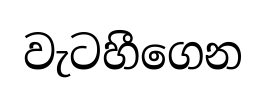
වැටහීගෙන